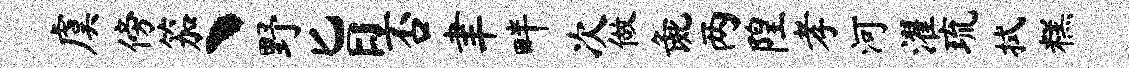
虞傍笳丶野旨否聿畔次做彘两隍孝河濯琉拭糕